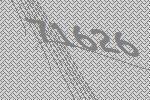
71626